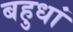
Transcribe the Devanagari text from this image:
बहुधां